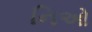
નિઓ